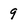
Character: 9